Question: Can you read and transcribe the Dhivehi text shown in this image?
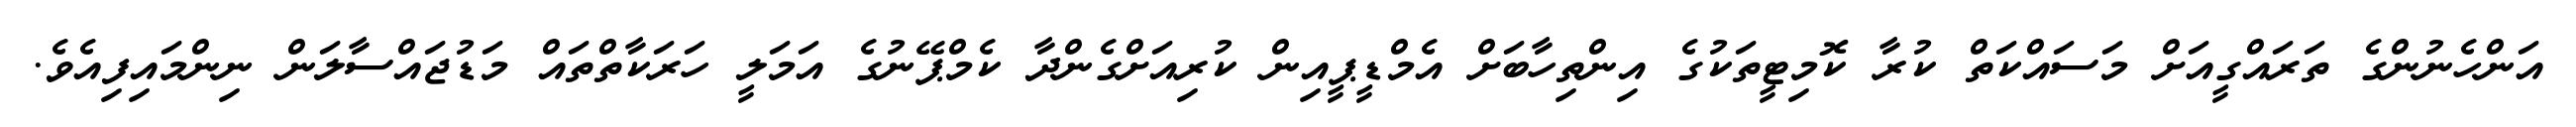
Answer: އަންހެނުންގެ ތަރައްގީއަށް މަސައްކަތް ކުރާ ކޮމިޓީތަކުގެ އިންތިހާބަށް އެމްޑީޕީއިން ކުރިއަށްގެންދާ ކެމްޕޭނުގެ އަމަލީ ހަރަކާތްތައް މަޑުޖައްސާލަން ނިންމައިފިއެވެ.